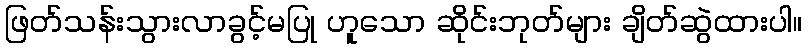
ဖြတ်သန်းသွားလာခွင့်မပြု ဟူသော ဆိုင်းဘုတ်များ ချိတ်ဆွဲထားပါ။